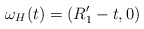
\begin{align*}\omega_H(t) = (R_1'-t,0)\end{align*}